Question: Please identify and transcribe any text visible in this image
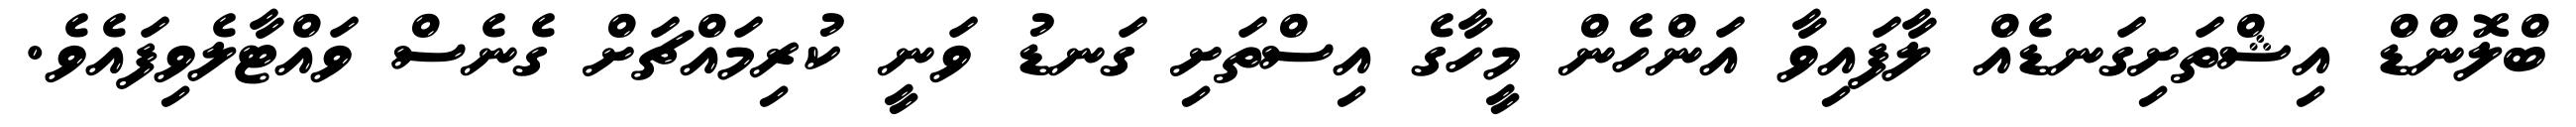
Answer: ބްލޮންޑް އިޝްތަށިގަނޑެއް ލާފައިވާ އަންހެން މީހާގެ އިސްތަށި ގަނޑު ވަނީ ކުރިމައްޗަށް ގެނެސް ވައްޓާލެވިފައެވެ.